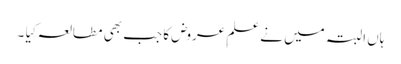
ہاں البتہ میں نے علمِ عروض کا جب بھی مطالعہ کِیا ۔